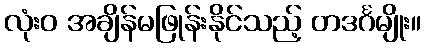
လုံးဝ အချိန်မဖြုန်းနိုင်သည့် တဒင်္ဂမျိုး။